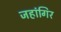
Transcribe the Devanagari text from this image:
जहांगिर